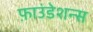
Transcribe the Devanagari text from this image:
फ़ाउंडेशन्स